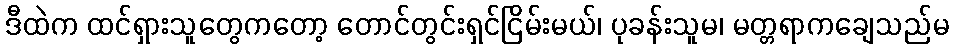
ဒီထဲက ထင်ရှားသူတွေကတော့ တောင်တွင်းရှင်ငြိမ်းမယ်၊ ပုခန်းသူမ၊ မတ္တရာကချေသည်မ